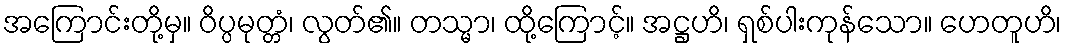
အကြောင်းတို့မှ။ ဝိပ္ပမုတ္တံ၊ လွတ်၏။ တသ္မာ၊ ထို့ကြောင့်။ အဋ္ဌဟိ၊ ရှစ်ပါးကုန်သော။ ဟေတူဟိ၊